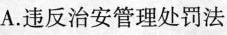
A.违反治安管理处罚法